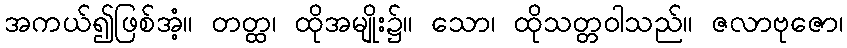
အကယ်၍ဖြစ်အံ့။ တတ္ထ၊ ထိုအမျိုး၌။ သော၊ ထိုသတ္တဝါသည်။ ဇလာဗုဇော၊